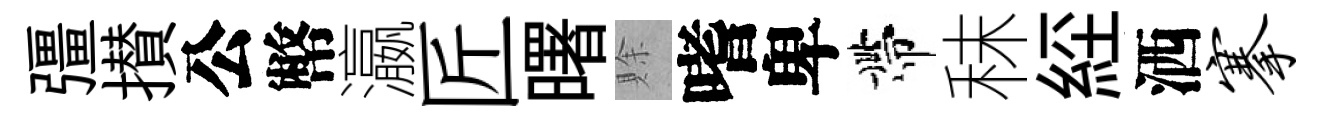
彊攅公幣瀛匠曙賖嗜卑帶秣𦀇洒搴